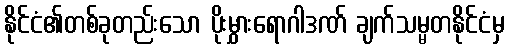
နိုင်ငံ၏တစ်ခုတည်းသော ပိုးမွှားရောဂါဒဏ် ချက်သမ္မတနိုင်ငံမှ